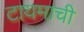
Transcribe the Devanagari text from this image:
टायमाची